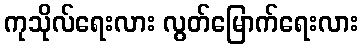
ကုသိုလ်ရေးလား လွတ်မြောက်ရေးလား